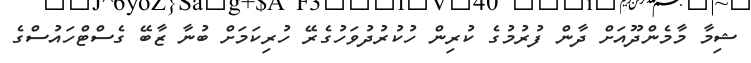
ޝިމާ މާމެންދޫއަށް ދާން ފުރުމުގެ ކުރިން ހުކުރުދުވަހުގެރޭ ހުރިކަމަށް ބުނާ ޒާބޭ ގެސްޓްހައުސްގެ